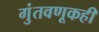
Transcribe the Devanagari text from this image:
गुंतवणूकही